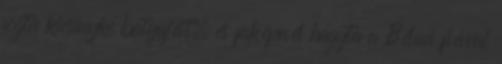
fogta kicsinyke batyuját, és faképnél hagyta a Béluci fiával